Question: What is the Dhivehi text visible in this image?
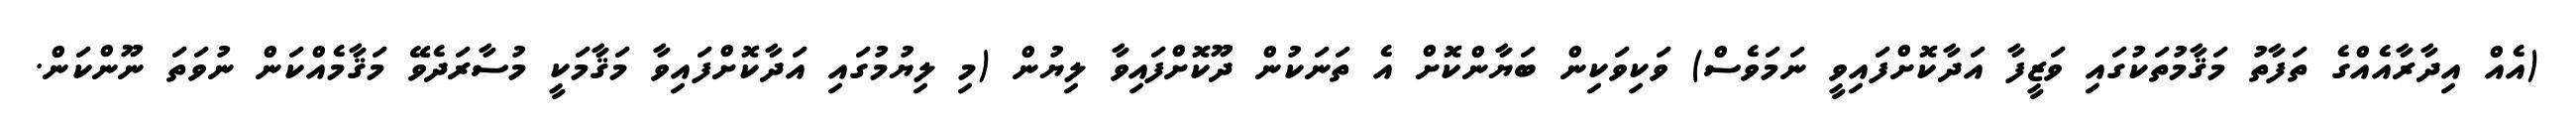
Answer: (އެއް އިދާރާއެއްގެ ތަފާތު މަޤާމުތަކުގައި ވަޒީފާ އަދާކޮށްފައިވީ ނަމަވެސް) ވަކިވަކިން ބަޔާންކޮށް އެ ތަނަކުން ދޫކޮށްފައިވާ ލިޔުން (މި ލިޔުމުގައި އަދާކޮށްފައިވާ މަޤާމަކީ މުސާރަދެވޭ މަޤާމެއްކަން ނުވަތަ ނޫންކަން.